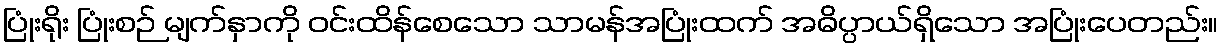
ပြုံးရိုး ပြုံးစဉ် မျက်နှာကို ဝင်းထိန်စေသော သာမန်အပြုံးထက် အဓိပ္ပာယ်ရှိသော အပြုံးပေတည်း။